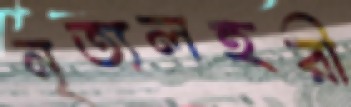
নৃত্যলহরী